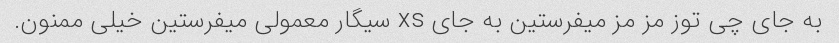
به جای چی توز مز مز میفرستین به جای xs سیگار معمولی میفرستین خیلی ممنون.